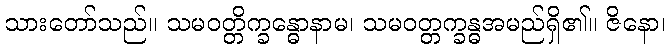
သားတော်သည်။ သမဝတ္တိက္ခန္ဓောနာမ၊ သမဝတ္တက္ခန္ဓအမည်ရှိ၏။ ဇိနော၊